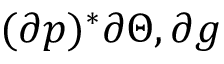
( \partial p ) ^ { * } \partial \Theta , \partial g